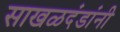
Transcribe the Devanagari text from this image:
साखळदंडांनी